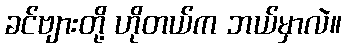
ခင်ဗျားတို့ ဟိုတယ်က ဘယ်မှာလဲ။